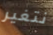
نتغير